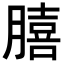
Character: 𮌺